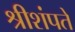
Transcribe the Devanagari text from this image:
श्रीशंपते